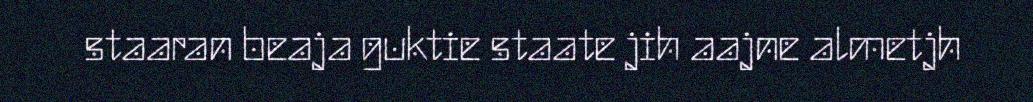
staaran beaja guktie staate jih aajne almetjh